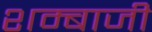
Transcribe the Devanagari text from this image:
शम्बाजी